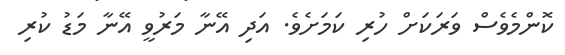
ކޮންމެވެސް ވަރަކަށް ހުރި ކަމަށެވެ. އަދި އޭނާ މަރުވީ އޭނާ މަޑު ކުރި